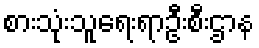
စားသုံးသူရေးရာဦးစီးဌာန